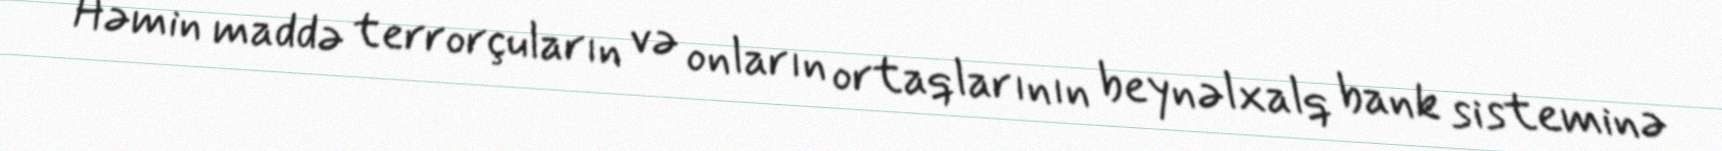
Həmin maddə terrorçuların və onların ortaqlarının beynəlxalq bank sisteminə